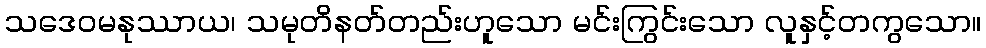
သဒေဝမနုဿာယ၊ သမုတိနတ်တည်းဟူသော မင်းကြွင်းသော လူနှင့်တကွသော။